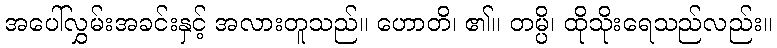
အပေါ်လွှမ်းအခင်းနှင့် အလားတူသည်။ ဟောတိ၊ ၏။ တမ္ပိ၊ ထိုသိုးရေသည်လည်း။